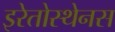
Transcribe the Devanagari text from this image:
इरेतोस्थेनस